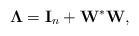
LaTeX: \begin{align*} \mathbf{\Lambda}=\mathbf{I}_n+\mathbf{W}^*\mathbf{W},\end{align*}